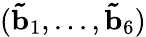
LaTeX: (\mathbf{\tilde{b}}_{1},...,\mathbf{\tilde{b}}_{6})